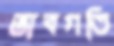
ভাবগতি